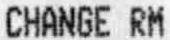
CHANGE RM